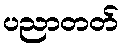
ပညာတတ်